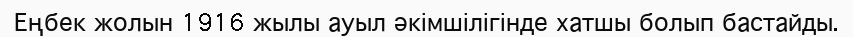
Еңбек жолын 1916 жылы ауыл әкімшілігінде хатшы болып бастайды.